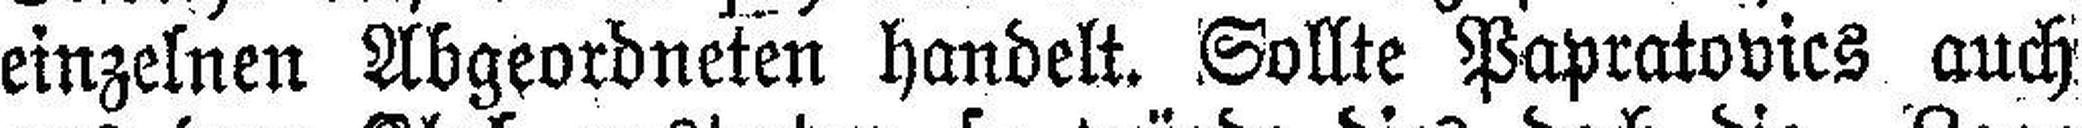
einzelnen Abgeordneten handelt. Sollte Papratovics auch